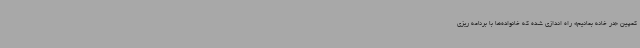
کمپین «در خانه بمانیم» راه اندازی شده که خانواده‌ها با برنامه ریزی